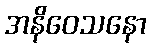
အနိဝေသနော